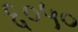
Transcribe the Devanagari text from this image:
६०५०